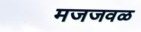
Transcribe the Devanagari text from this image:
मजजवळ